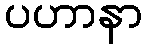
ပဟာနာ